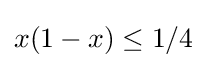
x(1-x)\leq 1/4